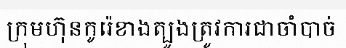
ក្រុមហ៊ុនកូរ៉េខាងត្បូងត្រូវការជាចាំបាច់